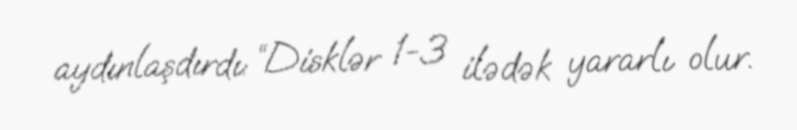
aydınlaşdırdı: “Disklər 1-3 ilədək yararlı olur.